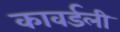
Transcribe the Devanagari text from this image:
कावर्डली